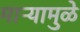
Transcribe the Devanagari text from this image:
माऱ्यामुळे